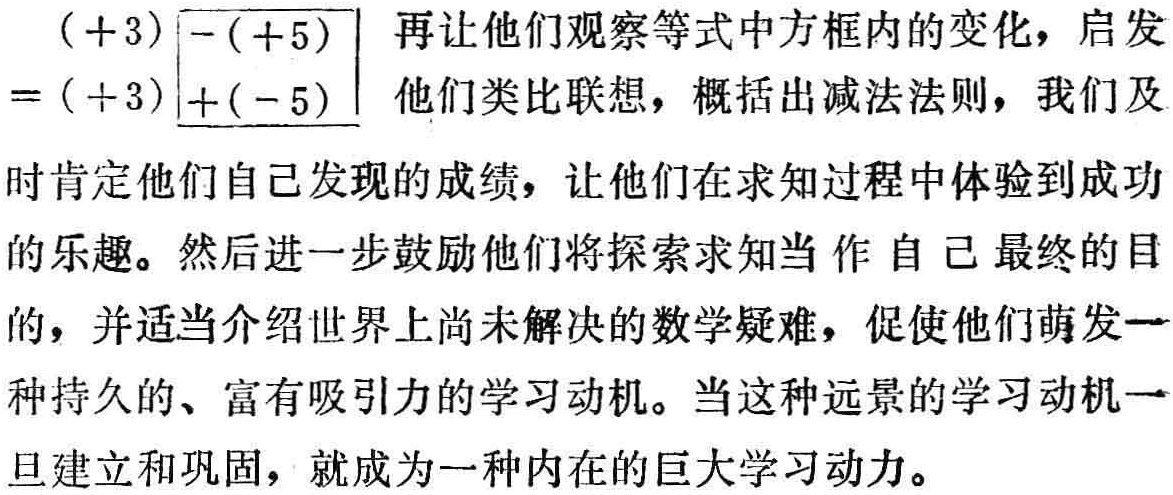
\(( + 3)\boxed{-( + 5)}=( + 3)\boxed{+( - 5)}\)